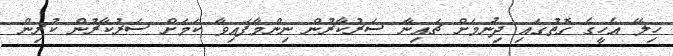
ހިލޭ އެހީގެ ގޮތުގައި ދިނުމަށް ޗައިނާ ސަރުކާރުން ނިންމާފައިވާ ކަމަށް ސަރުކާރުން ކުރިން